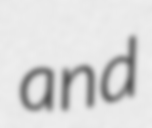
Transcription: and